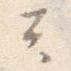
云